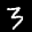
Label: 3